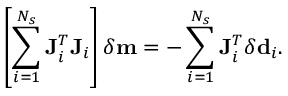
\left[ \sum _ { i = 1 } ^ { N _ { s } } \mathbf { J } _ { i } ^ { T } \mathbf { J } _ { i } \right] \delta \mathbf { m } = - \sum _ { i = 1 } ^ { N _ { s } } \mathbf { J } _ { i } ^ { T } \delta \mathbf { d } _ { i } .